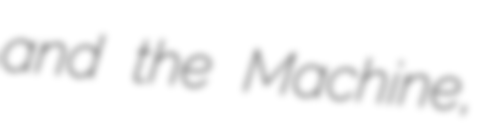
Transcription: and the Machine,